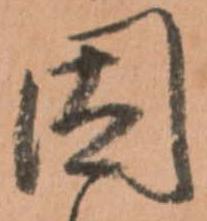
固